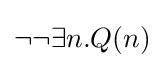
\neg \neg \exists n.Q(n)